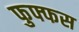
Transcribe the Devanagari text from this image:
फुफ्फस